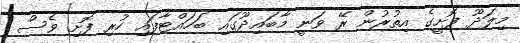
މިލަދޫ ފޮށީގެ އިތުރުން ރޭ ވަނީ މާބައިދޫގައި ބަހައްޓާފައި ހުރި ފޮށި ވެސް